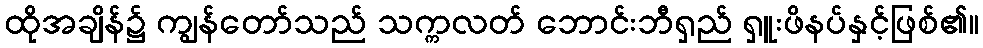
ထိုအချိန်၌ ကျွန်တော်သည် သက္ကလတ် ဘောင်းဘီရှည် ရှူးဖိနပ်နှင့်ဖြစ်၏။